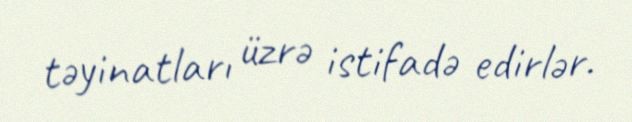
təyinatları üzrə istifadə edirlər.